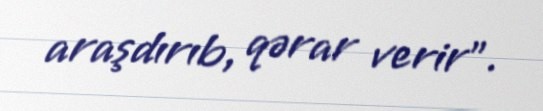
araşdırıb, qərar verir”.